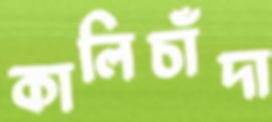
কালিচাঁদা